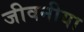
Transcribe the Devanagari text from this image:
जीवनीया